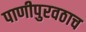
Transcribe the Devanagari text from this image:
पाणीपुरवठाच